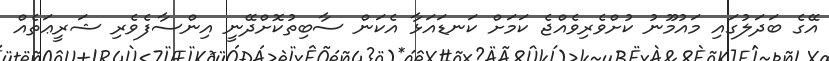
އޭގެ ބަދަލުގައި މައުމޫނު ކުށްވެރިވެއްޖެ ކަމަށް ކަނޑައަޅާ އެކަން ސާބިތުކޮށްދޭނީ އިންސާފެވެރި ޝަރީޢަތެއް